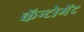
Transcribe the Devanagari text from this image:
कॅन्टोमेंट